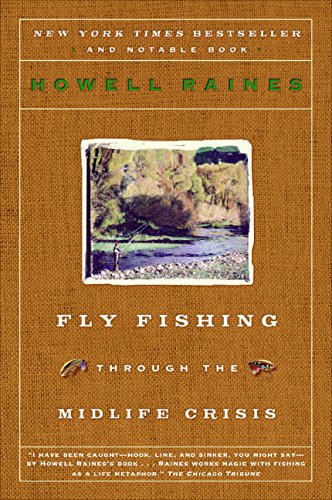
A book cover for Fly Fishing Through the Midlife Crisis; Howell Raines; Self-Help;